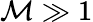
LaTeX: \mathcal{M}\gg 1